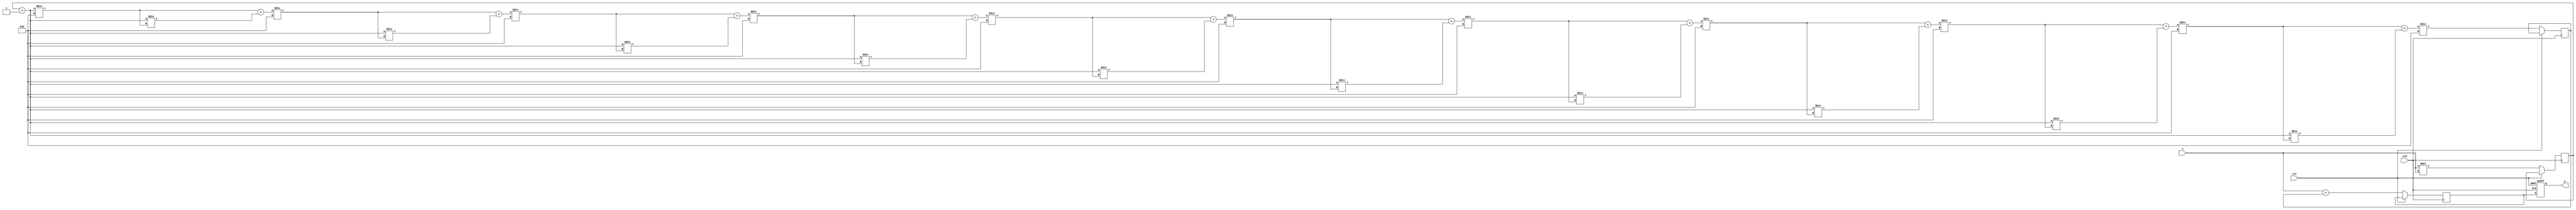
module asinh_block (
    input wire signed [31:0] x,      // Input value (32-bit signed integer)
    output reg signed [31:0] y,       // Output value (32-bit signed integer)
    input wire clk,                   // Clock signal
    input wire rst                    // Reset signal
);

    // Internal signals
    reg signed [31:0] x_squared;
    reg signed [31:0] sqrt_term;
    reg signed [31:0] ln_term;

    // Parameters for fixed-point representation
    parameter FIXED_POINT_FRACTIONAL_BITS = 16;
    parameter FIXED_POINT_INTEGER_BITS = 16;

    // Function to compute square of x
    function signed [31:0] square;
        input signed [31:0] value;
        begin
            square = value * value;
        end
    endfunction

    // Function to compute square root (simple iterative method for illustration)
    function signed [31:0] sqrt;
        input signed [31:0] value;
        integer i;
        reg signed [31:0] approx;
        begin
            approx = value / 2; // Initial guess
            for (i = 0; i < 10; i = i + 1) begin
                approx = (approx + value / approx) / 2;
            end
            sqrt = approx;
        end
    endfunction

    // Function to compute natural logarithm (simple approximation for illustration)
    function signed [31:0] ln;
        input signed [31:0] value;
        begin
            // Placeholder for a logarithm approximation
            // This can be replaced with a more accurate implementation
            ln = value; // Replace with actual logarithm computation
        end
    endfunction

    // Sequential logic for computation
    always @(posedge clk or posedge rst) begin
        if (rst) begin
            y <= 32'b0;
        end else begin
            // Step 1: Compute x^2
            x_squared <= square(x);

            // Step 2: Compute sqrt(x^2 + 1)
            sqrt_term <= sqrt(x_squared + 32'b1);

            // Step 3: Compute ln(x + sqrt(x^2 + 1))
            ln_term <= ln(x + sqrt_term);

            // Step 4: Assign output
            y <= ln_term;
        end
    end

endmodule